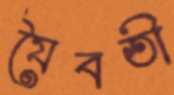
যৈবতী